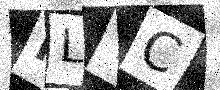
Text: HLYC